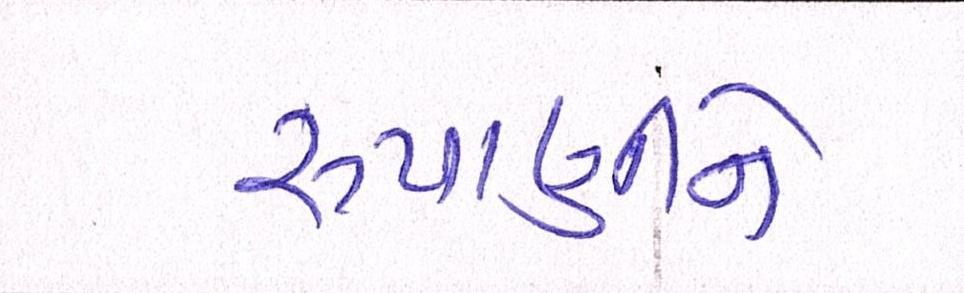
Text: રૂપાણીને